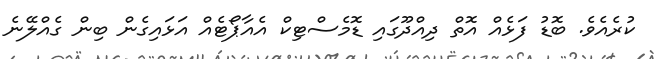
ކުރެއެވެ. ބޮޑު ފަޅެއް އޮތް ދިއްދޫގައި ޑޮމެސްޓިކް އެއާޕޯޓެއް އަޅައިގެން ބިން ގެއްލޭނެ